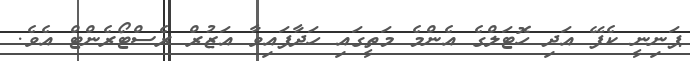
ޕަނިނީ ކެފޭ އަދި ހޮޓަލްގެ އެންމެ މަތީގައި ހަދާފައިވާ އަޒުރް ރެސްޓޯރެންޓް އެވެ.